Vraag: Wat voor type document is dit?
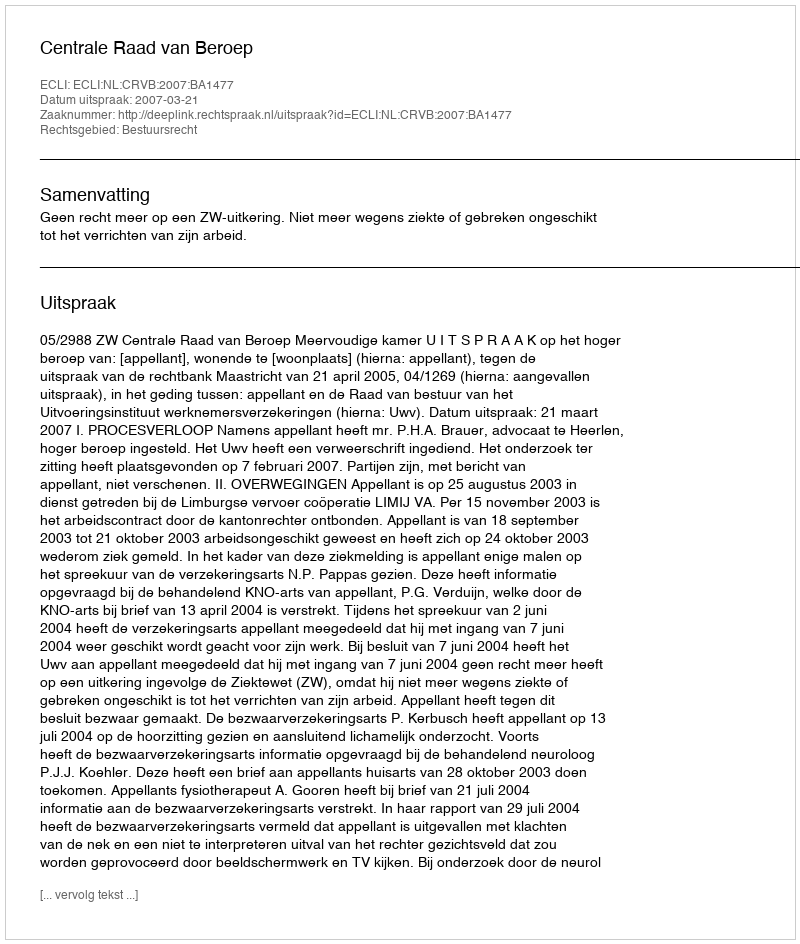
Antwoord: Uitspraak